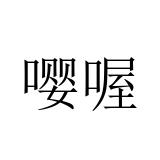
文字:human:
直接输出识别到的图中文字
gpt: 嘤喔